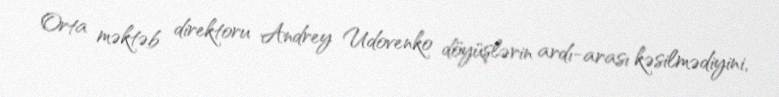
Orta məktəb direktoru Andrey Udovenko döyüşlərin ardı-arası kəsilmədiyini,